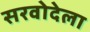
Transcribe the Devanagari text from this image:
सरवोदेला